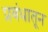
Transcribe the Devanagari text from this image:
प्रबंधातून